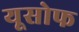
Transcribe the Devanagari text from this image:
यूसोफ